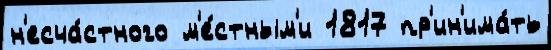
н'есча́стного м'е́стным'и 1817 пр'ин'има́ть